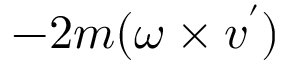
- 2 m ( { \boldsymbol { \omega } } \times { \boldsymbol { v ^ { \prime } } } )